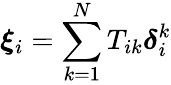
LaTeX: \boldsymbol{\xi}_{i}=\sum_{k=1}^{N}T_{ik}{\boldsymbol{\delta}}_{i}^{k}